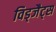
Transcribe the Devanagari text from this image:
विड्जैट्स